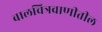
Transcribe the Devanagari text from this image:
बालचित्रवाणीतील